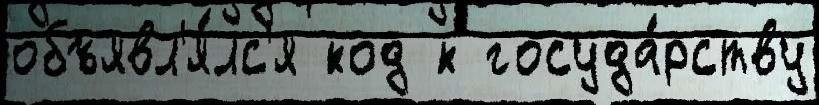
объявл'я́лс'я код к госуда́рству